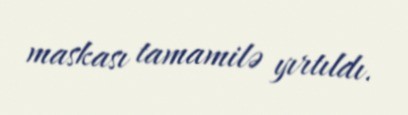
maskası tamamilə yırtıldı.